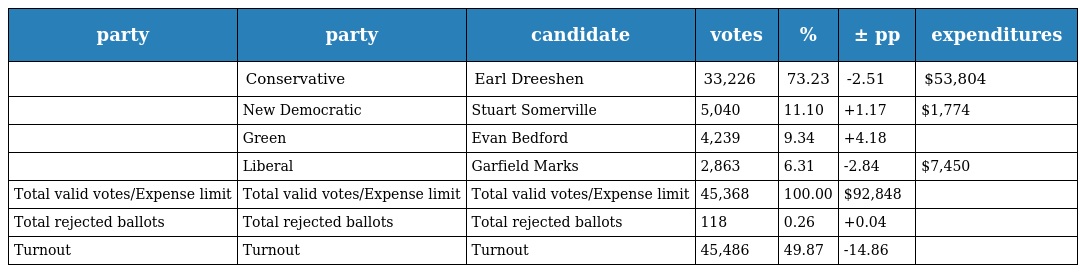
| party | party | candidate | votes | % | ± pp | expenditures |
 | --- | --- | --- | --- | --- | --- | --- |
 |  | Conservative | Earl Dreeshen | 33,226 | 73.23 | -2.51 | $53,804 |
 |  | New Democratic | Stuart Somerville | 5,040 | 11.10 | +1.17 | $1,774 |
 |  | Green | Evan Bedford | 4,239 | 9.34 | +4.18 |  |
 |  | Liberal | Garfield Marks | 2,863 | 6.31 | -2.84 | $7,450 |
 | Total valid votes/Expense limit | Total valid votes/Expense limit | Total valid votes/Expense limit | 45,368 | 100.00 | $92,848 |  |
 | Total rejected ballots | Total rejected ballots | Total rejected ballots | 118 | 0.26 | +0.04 |  |
 | Turnout | Turnout | Turnout | 45,486 | 49.87 | -14.86 |  |